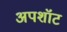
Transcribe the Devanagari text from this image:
अपशॉट